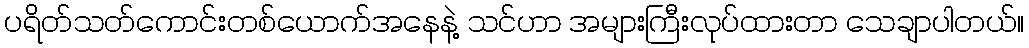
ပရိတ်သတ်ကောင်းတစ်ယောက်အနေနဲ့ သင်ဟာ အများကြီးလုပ်ထားတာ သေချာပါတယ်။